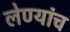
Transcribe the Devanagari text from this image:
लेण्यांच